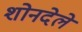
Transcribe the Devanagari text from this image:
शोनदेले